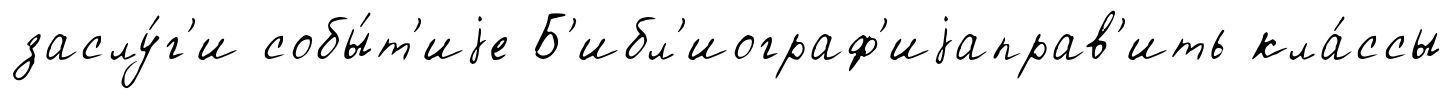
заслу́г'и собы́т'иjе Б'ибл'иограф'иjаправ'ить кла́ссы